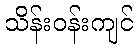
သိန်းဝန်းကျင်